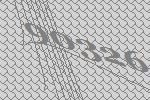
90326